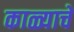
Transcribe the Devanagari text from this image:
काळ्याचे